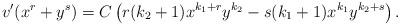
LaTeX: \begin{align*}v'(x^r+y^s)= C\left(r(k_2+1)x^{k_1+r}y^{k_2}-s(k_1+1) x^{k_1} y^{k_2+s}\right).\end{align*}